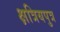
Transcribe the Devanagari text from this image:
क्षत्रियपुत्र